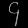
Digit: ၄